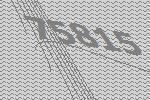
75815